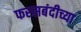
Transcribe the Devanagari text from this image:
फरसबंदीच्या